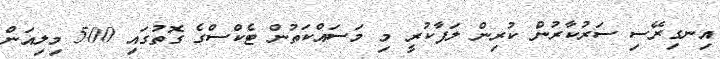
އިނގިރޭސި ސަރުކާރުން ކުރިން ލަފާކުރީ މި މަސައްކަތުން ޓެކްސްގެ ގޮތުގައި 500 މިލިއަން